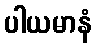
ပါယမာနံ